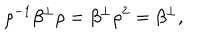
\rho ^ { - 1 } \beta ^ { \perp } \rho = \beta ^ { \perp } \rho ^ { 2 } = \beta ^ { \perp } ,